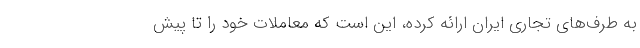
به طرف‌های تجاری ایران ارائه کرده، این است که معاملات خود را تا پیش